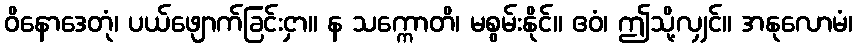
ဝိနောဒေတုံ၊ ပယ်ဖျောက်ခြင်းငှာ။ န သက္ကောတိ၊ မစွမ်းနိုင်။ ဧဝံ၊ ဤသို့လျှင်။ အနုလောမံ၊